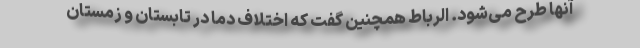
آنها طرح می‌شود. الرباط همچنین گفت که اختلاف دما در تابستان و زمستان